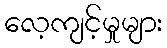
လေ့ကျင့်မှုများ